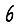
Digit: 6